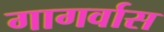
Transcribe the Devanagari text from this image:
गागर्वास